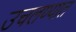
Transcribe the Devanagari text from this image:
उचलण्‍यात